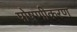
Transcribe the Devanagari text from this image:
पोषणीकरण